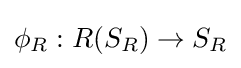
\phi _{R}:R(S_{R})\rightarrow S_{R}